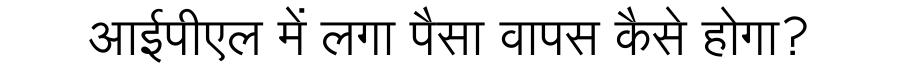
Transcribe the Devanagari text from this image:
आईपीएल में लगा पैसा वापस कैसे होगा?